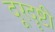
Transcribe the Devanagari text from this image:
दूरदॄष्टी